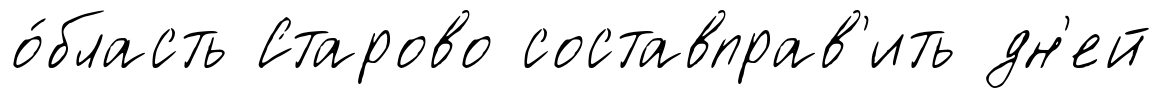
о́бласть Старово составправ'ить дн'ей